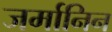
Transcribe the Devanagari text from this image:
जर्मानिन